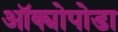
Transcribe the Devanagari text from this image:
ऑक्योपोडा